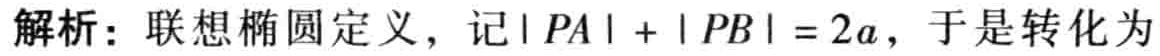
解析：联想椭圆定义，记\(\vert PA\vert+\vert PB\vert = 2a\)，于是转化为